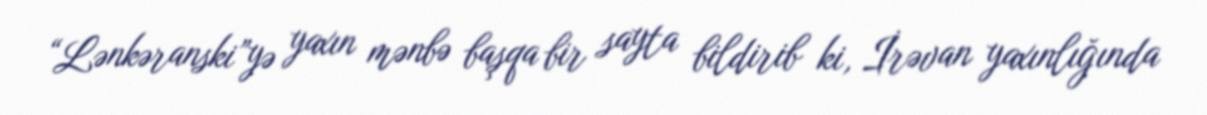
“Lənkəranski”yə yaxın mənbə başqa bir sayta bildirib ki, İrəvan yaxınlığında